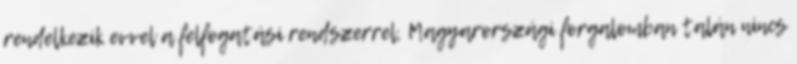
rendelkezik evvel a felfogatási rendszerrel, Magyarországi forgalomban talán nincs